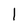
Character: 1